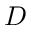
D